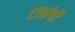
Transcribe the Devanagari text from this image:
टाचांची